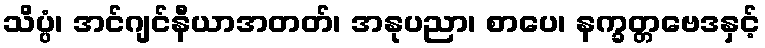
သိပ္ပံ၊ အင်ဂျင်နီယာအတတ်၊ အနုပညာ၊ စာပေ၊ နက္ခတ္တဗေဒနှင့်